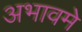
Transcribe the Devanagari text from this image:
अभावमे